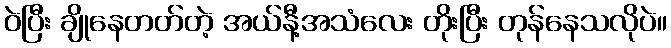
ဝဲပြီး ချိုနေတတ်တဲ့ အယ်နီ့အသံလေး တိုးပြီး တုန်နေသလိုပဲ။